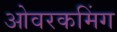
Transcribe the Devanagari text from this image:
ओवरकमिंग